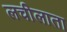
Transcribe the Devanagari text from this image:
लचीलाता